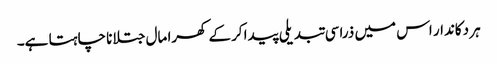
ہر دکاندار اس میں ذراسی تبدیلی پیدا کرکے کھرا مال جتلانا چاہتا ہے۔